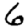
Digit: 6